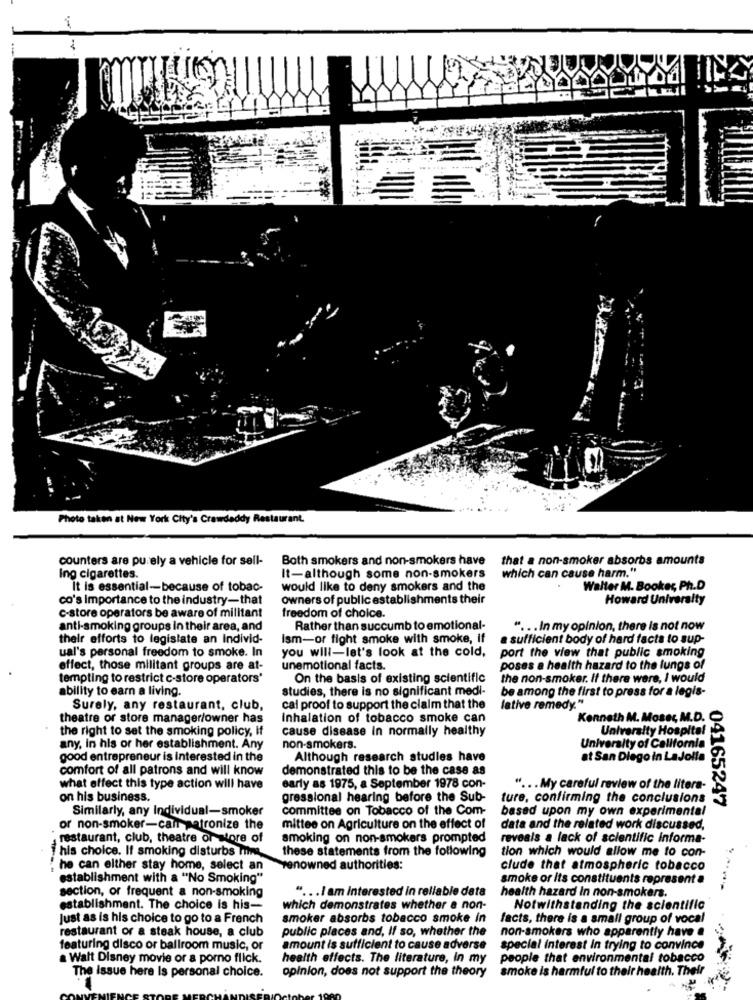
Photo taken at New York City's Crawdaddy Restaurant.
counters are purely a vehicle for sell-
Both smokers and non-smokers have
that a non-smoker absorbs amounts
which can cause harm."
Ing cigarettes.
It-although some non-smokers
It is essential-because of tobac-
would like to deny smokers and the
Walter M. Booker, Ph.D
co's importance to the industry-that
owners of public establishments their
Howard University
c-store operators be aware of militant
freedom of choice.
anti-smoking groups in their area, and
Rather than succumb to emotional-
" ... In my opinion, there is not now
their efforts to legislate an Individ-
Ism-or fight smoke with smoke, if
a sufficient body of hard facts to sup-
ual's personal freedom to smoke. In
port the view that public smoking
you will-let's look at the cold,
effect, those militant groups are at-
unemotional facts.
poses a health hazard to the lungs of
tempting to restrict c-store operators'
On the basis of existing scientific
the non-smoker. If there were, I would
ability to earn a living.
studies, there is no significant medi-
be among the first to press for a legis-
Surely, any restaurant, club,
cal proof to support the claim that the
lative remedy."
theatre or store manager/owner has
Inhalation of tobacco smoke can
Kenneth M. Moser, M.D.
the right to set the smoking policy, if
cause disease In normally healthy
University Hospital
any, In his or her establishment. Any
non-smokers.
University of California
good entrepreneur is interested in the
Although research studies have
at San Diego in LaJolla
comfort of all patrons and will know
demonstrated this to be the case as
what effect this type action will have
early as 1975, a September 1978 con-
" ... My careful review of the litera-
on his business.
gressional hearing before the Sub-
ture, confirming the conclusions
y Individual-smoker
committee on Tobacco of the Com-
based upon my own experimental
04165247
Similarly, any Indiv
or non-smoker-cair patronize the
mittee on Agriculture on the effect of
data and the related work discussed,
restaurant, club, theatre or more of
smoking on non-smokers prompted
reveals a lack of scientific informa-
these statements from the following
tion which would allow me to con-
his choice. If smoking disturbs min
he can either stay home, select an
renowned authorities:
clude that atmospheric tobacco
establishment with a "No Smoking"
smoke or its constituents represent a
section, or frequent a non-smoking
" ... I am Interested in reliable data
health hazard In non-smokers.
establishment. The choice is his-
which demonstrates whether a non-
Notwithstanding the scientific
Just as is his choice to go to a French
smoker absorbs tobacco smoke in
facts, there is a small group of vocal
restaurant or a steak house, a club
public places and, If so, whether the
non-smokers who apparently have @
featuring disco or ballroom music, or
amount is sufficient to cause adverse
special interest in trying to convince
a Walt Disney movie or a porno flick.
health effects. The literature, In my
people that environmental tobacco
The issue here Is personal choice.
opinion, does not support the theory
smoke is harmful to their health. Their